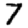
Digit: 7